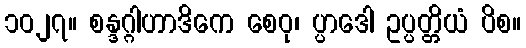
၁၀၂၇။ စန္ဒဂ္ဂါဟာဒိကေ စေဝု၊ ပ္ပာဒေါ ဥပ္ပတ္တိယံ ပိစ။